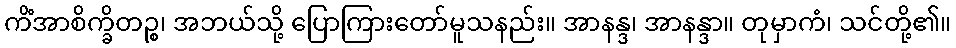
ကိံအာစိက္ခိတဉ္စ၊ အဘယ်သို့ ပြောကြားတော်မူသနည်း။ အာနန္ဒ၊ အာနန္ဒာ။ တုမှာကံ၊ သင်တို့၏။